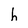
Character: h